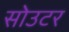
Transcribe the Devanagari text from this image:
सोउटर